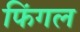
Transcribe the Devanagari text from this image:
फिंगल